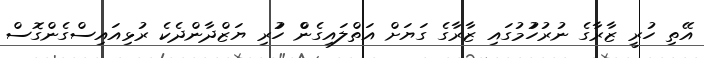
އޭތި ހުރީ ޒާރާގެ ނުރުހުުުމުުުުުގައި ޒާރާގެ ގަަަަަޔަށް އަތްލަަަަައިގެންް ހުުުުރި ޔަޒްދާންދެކެ ރުޅިއަަަަައިސްގެެެެންގޮސް